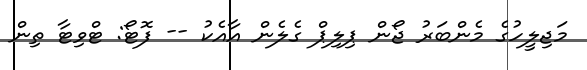
މަޖިލީހުގެ މެންބަރު ޖޯން ޕިލިޕް ގެލެން އާއެކު -- ފޮޓޯ: ޓްވިޓާ ތިން